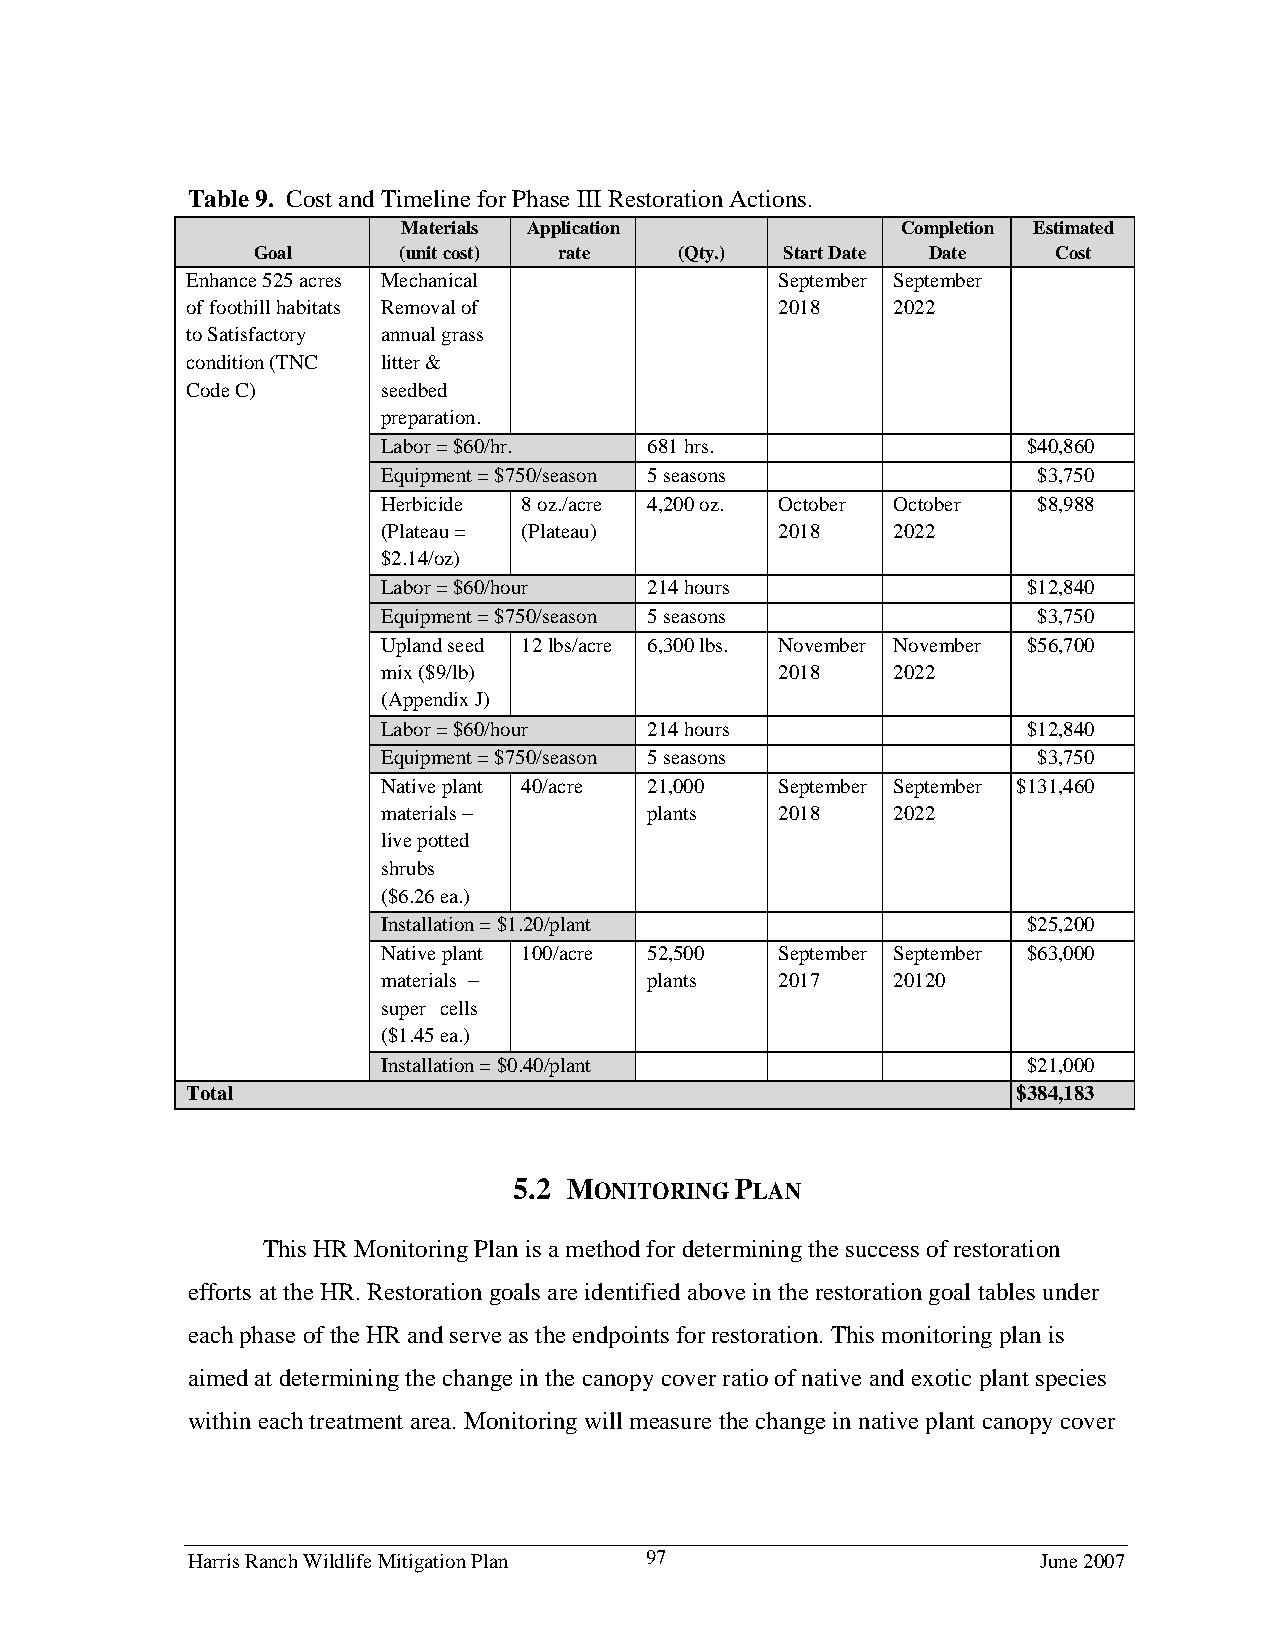
Table 9. Cost and Timeline for Phase III Restoration Actions.
 Materials Application            Completion Estimated
 Goal     (unit cost) rate   (Qty.) Start Date Date   Cost
 Enhance 525 acres Mechanical            September September
 of foothill habitats Removal of         2018   2022
 to Satisfactory annual grass
 condition (TNC litter &
 Code C)      seedbed
 preparation.
 Labor = $60/hr.   681 hrs.                 $40,860
 Equipment = $750/season 5 seasons           $3,750
 Herbicide 8 oz./acre 4,200 oz. October October $8,988
 (Plateau = (Plateau)       2018   2022
 $2.14/oz)
 Labor = $60/hour  214 hours                $12,840
 Equipment = $750/season 5 seasons           $3,750
 Upland seed 12 lbs/acre 6,300 lbs. November November $56,700
 mix ($9/lb)                2018   2022
 (Appendix J)
 Labor = $60/hour  214 hours                $12,840
 Equipment = $750/season 5 seasons           $3,750
 Native plant 40/acre 21,000 September September $131,460
 materials –       plants   2018   2022
 live potted
 shrubs
 ($6.26 ea.)
 Installation = $1.20/plant                 $25,200
 Native plant 100/acre 52,500 September September $63,000
 materials –       plants   2017   20120
 super cells
 ($1.45 ea.)
 Installation = $0.40/plant                 $21,000
 Total                                                  $384,183
 5.2 MONITORING PLAN
 This HR Monitoring Plan is a method for determining the success of restoration
 efforts at the HR. Restoration goals are identified above in the restoration goal tables under
 each phase of the HR and serve as the endpoints for restoration. This monitoring plan is
 aimed at determining the change in the canopy cover ratio of native and exotic plant species
 within each treatment area. Monitoring will measure the change in native plant canopy cover
 Harris Ranch Wildlife Mitigation Plan 97                 June 2007